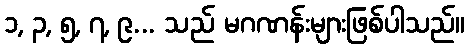
၁, ၃, ၅, ၇, ၉... သည် မဂဏန်းများဖြစ်ပါသည်။